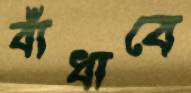
বাঁধাবে